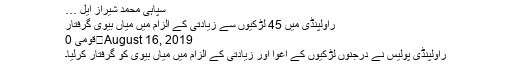
سپاہی محمد شیراز ایل …
راولپنڈی میں 45 لڑکیوں سے زیادتی کے الزام میں میاں بیوی گرفتار
August 16, 2019	قومی 0
راولپنڈی پولیس نے درجنوں لڑکیوں کے اغوا اور زیادتی کے الزام میں میاں بیوی کو گرفتار کرلیا۔